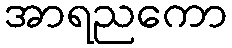
အာရညကော